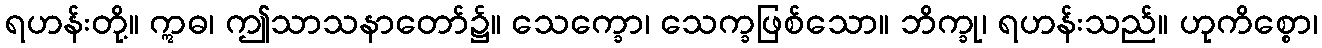
ရဟန်းတို့။ ဣဓ၊ ဤသာသနာတော်၌။ သေက္ခော၊ သေက္ခဖြစ်သော။ ဘိက္ခု၊ ရဟန်းသည်။ ဟုကိစ္စော၊